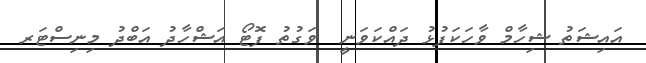
އައިޝަތު ޝިހާމް ވާހަކަފުޅު ދައްކަވަނީ  ވަގުތު ފޮޓޯ އަޝްހާދު އަބްދު މިނިސްޓަރ